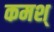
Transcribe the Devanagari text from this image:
कमश्